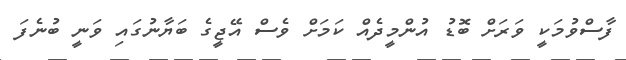
ފާސްވުމަކީ ވަރަށް ބޮޑު އުންމީދެއް ކަމަށް ވެސް އޭޖީގެ ބަޔާނުގައި ވަނީ ބުނެފަ